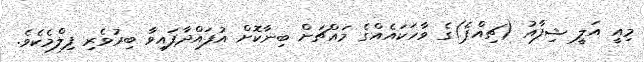
މިއީ އަލީ ޝިފާއު (ޗިއްޕެ)ގެ ވާހަކައެއްގެ މައްޗަށް ބިނާކޮށް އުފައްދާފައިވާ ބިރުވެރި ފިލްމެކެވެ.